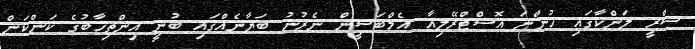
ސްރީ ލަންކާގައި ހުންނަ އޮސްޓްރޭލިއާ އެމްބަސީން ނެރުނު ބަޔާނެއްގައި ބުނީ އިންތިޚާބުގެ ކަންކަން